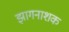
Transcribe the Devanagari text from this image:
झागनाशक